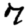
Digit: 7